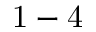
\mathrm { 1 - 4 }